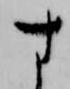
す